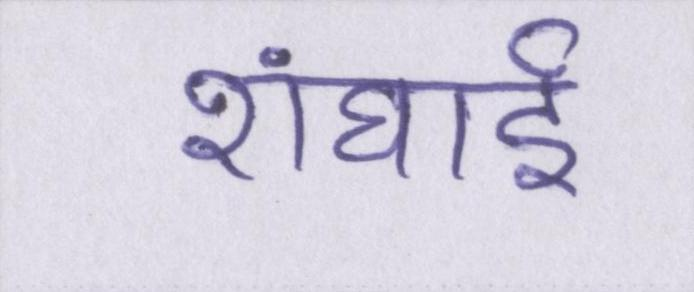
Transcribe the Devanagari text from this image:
शंघाई